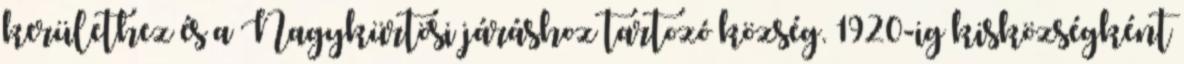
kerülethez és a Nagykürtösi járáshoz tartozó község. 1920-ig kisközségként